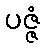
ပဇ္ဇံ